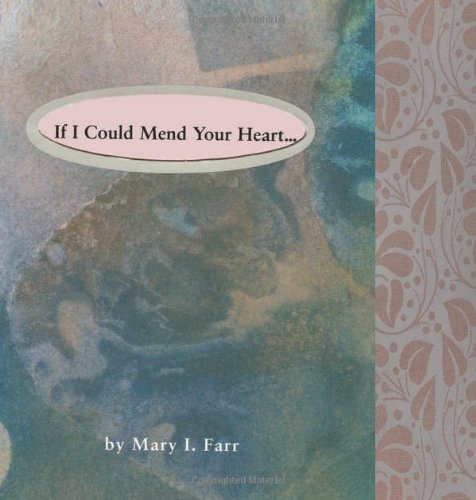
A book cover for If I Could Mend Your Heart; Mary Farr; Literature & Fiction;